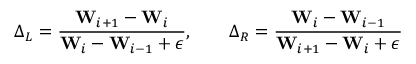
\boldsymbol \Delta _ { L } = \frac { \mathbf { W } _ { i + 1 } - \mathbf { W } _ { i } } { \mathbf { W } _ { i } - \mathbf { W } _ { i - 1 } + \epsilon } , \qquad \boldsymbol \Delta _ { R } = \frac { \mathbf { W } _ { i } - \mathbf { W } _ { i - 1 } } { \mathbf { W } _ { i + 1 } - \mathbf { W } _ { i } + \epsilon }